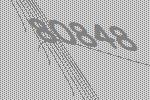
80848